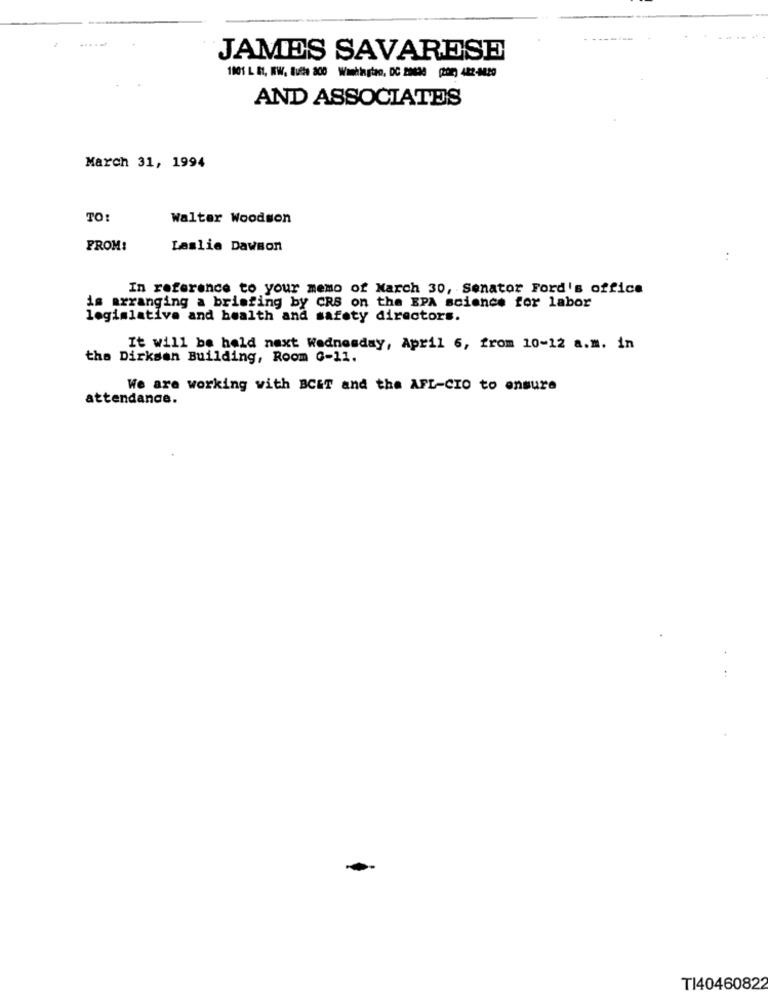
JAMES SAVARESE
1001 L Bt, WW, Bulle 200 Wantingtan, DC 20430 (202) 482-0820
AND ASSOCIATES
March 31, 1994
TO:
Walter Woodson
FROM:
Leslie Dawson
:
In reference to your memo of March 30, Senator Ford's office
is arranging a briefing by CRS on the EPA science for labor
legislative and health and safety directors.
It will be held next Wednesday, April 6, from 10-12 a.m. in
the Dirksen Building, Room G-11.
We are working with BCET and the AFL-CIO to ensure
attendance.
TI40460822